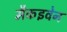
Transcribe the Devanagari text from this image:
मैकइवेन